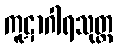
ကူဋာဂါရသုတ္တ